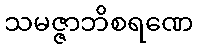
သမဇ္ဇာဘိစရဏေ